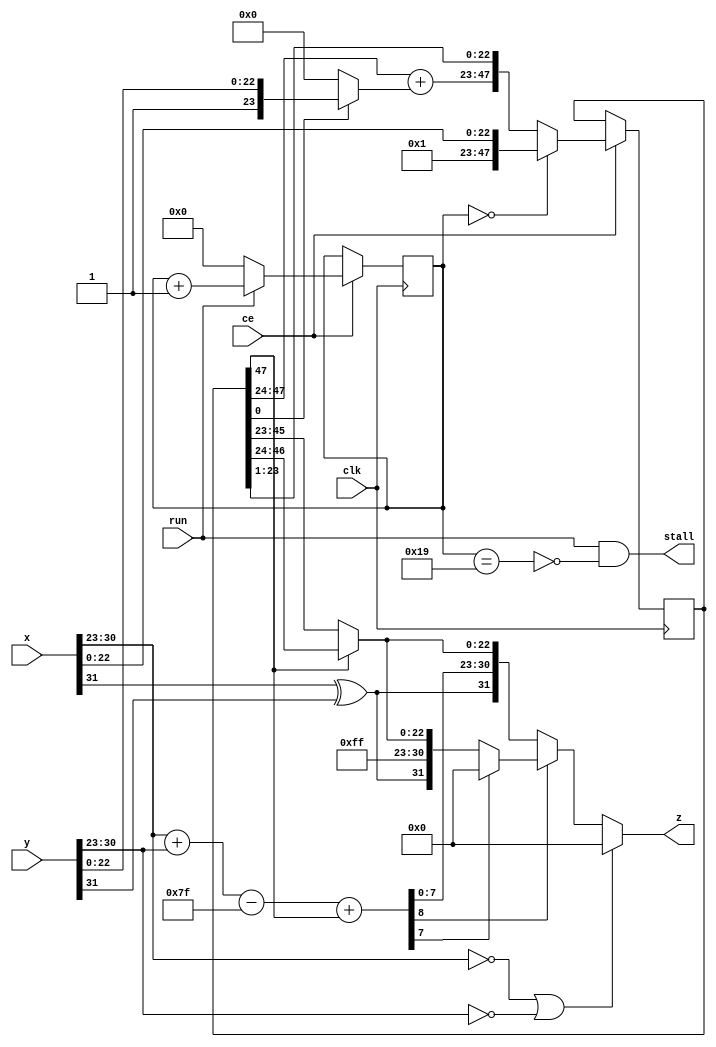
`timescale 1ns / 1ps  

/*Project Oberon, Revised Edition 2013

Book copyright (C)2013 Niklaus Wirth and Juerg Gutknecht;
software copyright (C)2013 Niklaus Wirth (NW), Juerg Gutknecht (JG), Paul
Reed (PR/PDR).

Permission to use, copy, modify, and/or distribute this software and its
accompanying documentation (the "Software") for any purpose with or
without fee is hereby granted, provided that the above copyright notice
and this permission notice appear in all copies.

THE SOFTWARE IS PROVIDED "AS IS" AND THE AUTHORS DISCLAIM ALL WARRANTIES
WITH REGARD TO THE SOFTWARE, INCLUDING ALL IMPLIED WARRANTIES OF
MERCHANTABILITY, FITNESS AND NONINFRINGEMENT.  IN NO EVENT SHALL THE
AUTHORS BE LIABLE FOR ANY CLAIM, SPECIAL, DIRECT, INDIRECT, OR
CONSEQUENTIAL DAMAGES OR ANY DAMAGES OR LIABILITY WHATSOEVER, WHETHER IN
AN ACTION OF CONTRACT, TORT OR OTHERWISE, ARISING FROM, OUT OF OR IN
CONNECTION WITH THE DEALINGS IN OR USE OR PERFORMANCE OF THE SOFTWARE.*/

// NW 15.9.2015
module FPMultiplier(
  input clk, ce, run,
  input [31:0] x, y,
  output stall,
  output [31:0] z);

reg [4:0] S;  // state
reg [47:0] P; // product

wire sign;
wire [7:0] xe, ye;
wire [8:0] e0, e1;
wire [23:0] w0, z0;
wire [24:0] w1;

assign sign = x[31] ^ y[31];
assign xe = x[30:23];
assign ye = y[30:23];
assign e0 = xe + ye;
assign e1 = e0 - 127 + P[47];

assign stall = run & ~(S == 25);
assign w0 = P[0] ? {1'b1, y[22:0]} : 0;
assign w1 = {1'b0, P[47:24]} + {1'b0, w0};
assign z0 = P[47] ? P[47:24] : P[46:23];
assign z = (xe == 0) | (ye == 0) ? 0 :
   (~e1[8]) ? {sign, e1[7:0], z0[22:0]} :
   (~e1[7]) ? {sign, 8'b11111111, z0[22:0]} : 0;
always @ (posedge(clk)) if(ce) begin
    P <= (S == 0) ? {24'b0, 1'b1, x[22:0]} : {w1, P[23:1]};
    S <= run ? S+1 : 0;
end
endmodule